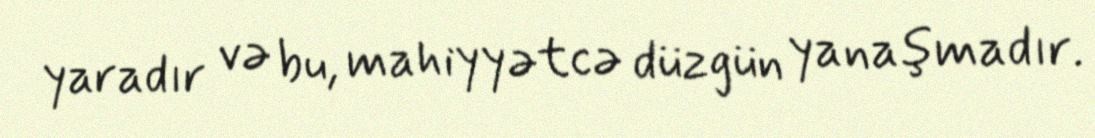
yaradır və bu, mahiyyətcə düzgün yanaşmadır.